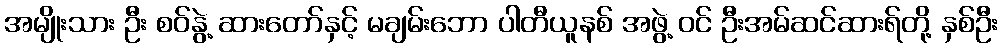
အမျိုးသား ဦး စဝ်နွဲ့ ဆားတော်နှင့် မချမ်းဘော ပါတီယူနစ် အဖွဲ့ ဝင် ဦးအမ်ဆင်ဆားရ်တို့ နှစ်ဦး